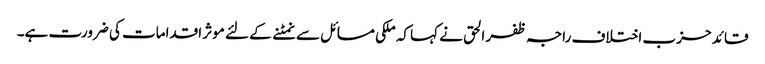
قائد حزب اختلاف راجہ ظفر الحق نے کہا کہ ملکی مسائل سے نمٹنے کے لئے موثر اقدامات کی ضرورت ہے۔